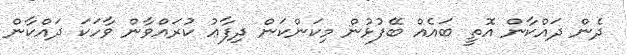
ދެން ދައްކާން އޮތީ ބައެއް ބޭފުޅުން މިކަންކަން ދިފާޢު ކުރައްވާން ވާހަކަ ދައްކާން